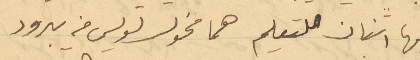
فيها اثنان للتعليم هما مخول لويس من يبرود